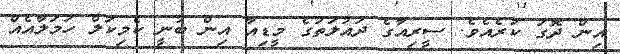
އިން ދޮގު ކުރެއެވެ. ސީރިއާގެ ދައުލަތުގެ މީޑިއާ އިން ބުނީ ކެމިކަލް ހަމަލާއެއް